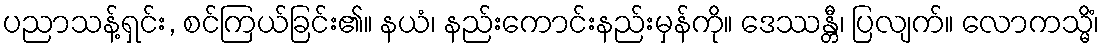
ပညာသန့်ရှင်း, စင်ကြယ်ခြင်း၏။ နယံ၊ နည်းကောင်းနည်းမှန်ကို။ ဒေဿန္တီ၊ ပြလျက်။ လောကသ္မိံ၊